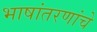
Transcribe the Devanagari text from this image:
भाषांतरणांचे